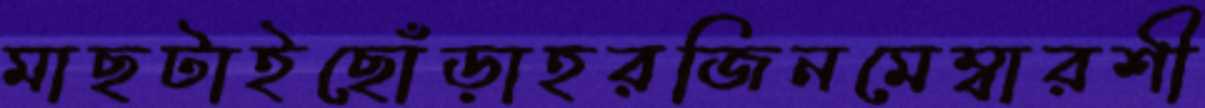
মাছটাইছোঁড়াহরজিনমেম্বারশী